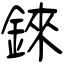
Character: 錸